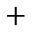
+